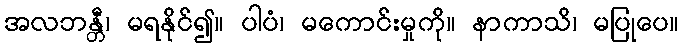
အလဘန္တီ၊ မရနိုင်၍။ ပါပံ၊ မကောင်းမှုကို။ နာကာသိ၊ မပြုပေ။